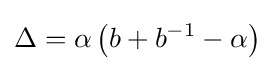
\Delta =\alpha \left(b+b^{-1}-\alpha \right)